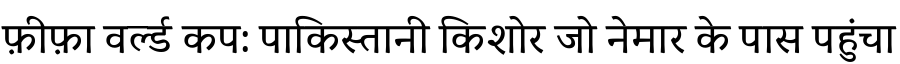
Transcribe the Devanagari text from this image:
फ़ीफ़ा वर्ल्ड कप: पाकिस्तानी किशोर जो नेमार के पास पहुंचा